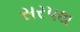
સરપથ